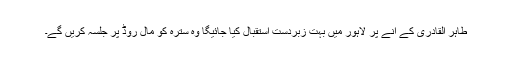
طاہر القادری کے آنے پر لاہور میں بہت زبردست استقبال کیا جائیگا وہ سترہ کو مال روڈ پر جلسہ کریں گے۔